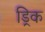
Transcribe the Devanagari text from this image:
ड्रिक